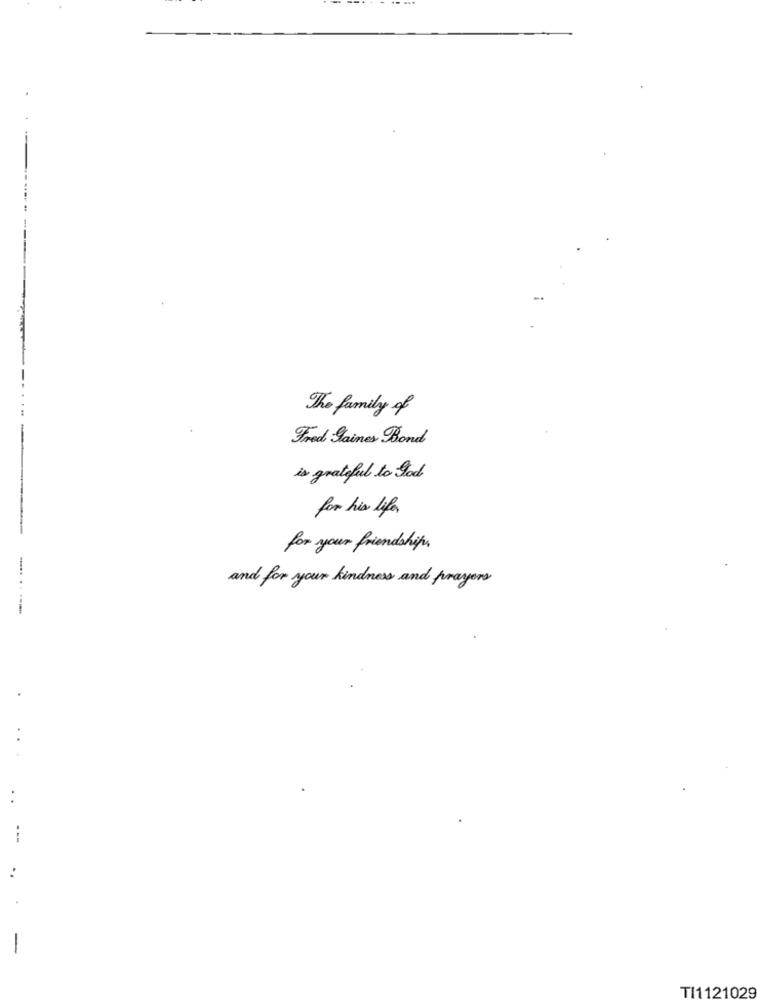
The family of
Fred Jaines Bond
is grateful to god
for his life
for your friendship
and for your kindness and prayers
-------
TI1121029